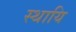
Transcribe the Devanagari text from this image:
स्थायि